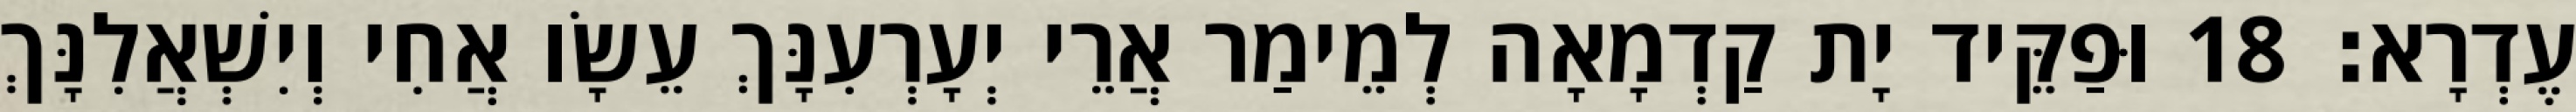
עֶדְרָא׃ 18 וּפַקֵּיד יָת קַדְמָאָה לְמֵימַר אֲרֵי יְעָרְעִנָּךְ עֵשָׂו אֲחִי וְיִשְׁאֲלִנָּךְ